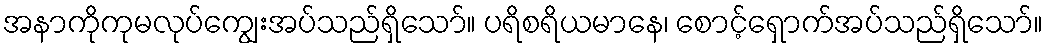
အနာကိုကုမလုပ်ကျွေးအပ်သည်ရှိသော်။ ပရိစရိယမာနေ၊ စောင့်ရှောက်အပ်သည်ရှိသော်။